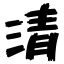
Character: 清